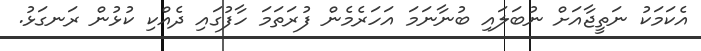
އެކަމަކު ނަތީޖާއަށް ނުބަލައި ބުނާނަމަ އަހަރެމެން ފުރަތަމަ ހާފުގައި ދެއްކި ކުޅުން ރަނގަޅު.